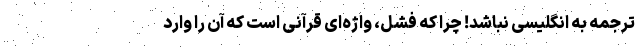
ترجمه به انگلیسی نباشد! چرا که فشل، واژه‌ای قرآنی است که آن را وارد